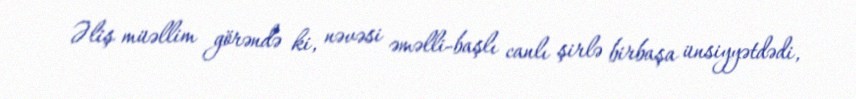
Əliş müəllim görəndə ki, nəvəsi əməlli-başlı canlı şirlə birbaşa ünsiyyətdədi,